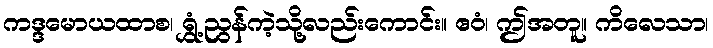
ကဒ္ဒမောယထာစ၊ ရွှံ့ညွန်ကဲ့သို့လည်းကောင်း။ ဧဝံ၊ ဤအတူ။ ကိလေသာ၊